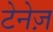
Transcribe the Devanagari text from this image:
टेनेज़